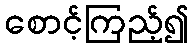
စောင့်ကြည့်၍